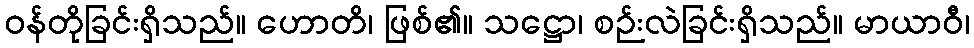
ဝန်တိုခြင်းရှိသည်။ ဟောတိ၊ ဖြစ်၏။ သဋ္ဌော၊ စဉ်းလဲခြင်းရှိသည်။ မာယာဝီ၊